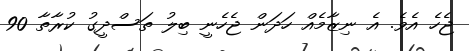
ޖެހެ އެވެ. އެ ނިޒާމެއް ހަދަން ޖެހެނީ ބިލު ތަސްދީގު ކުރާތާ 90